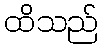
ထိသည်